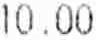
10.00